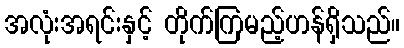
အလုံးအရင်းနှင့် တိုက်ကြမည့်ဟန်ရှိသည်။